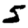
Digit: 5